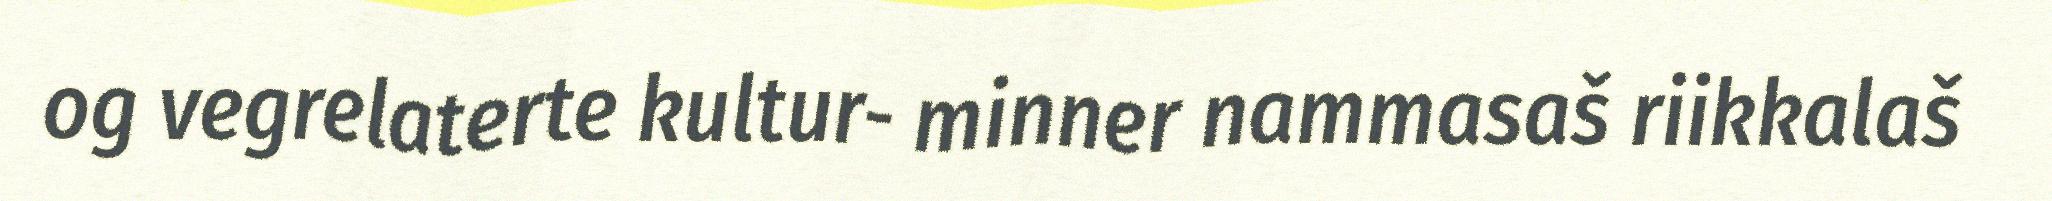
og vegrelaterte kultur- minner nammasaš riikkalaš